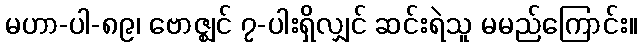
မဟာ-ပါ-၈၉၊ ဗောဇ္ဈင် ၇-ပါးရှိလျှင် ဆင်းရဲသူ မမည်ကြောင်း။